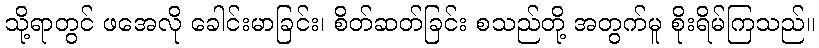
သို့ရာတွင် ဖအေလို ခေါင်းမာခြင်း၊ စိတ်ဆတ်ခြင်း စသည်တို့ အတွက်မူ စိုးရိမ်ကြသည်။